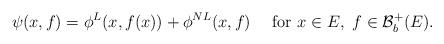
LaTeX: \begin{align*}\psi(x,f)=\phi^{L}(x,f(x))+\phi^{NL}(x,f)\quad\mbox{ for }x\in E,\ f\in\mathcal{B}^{+}_{b}(E).\end{align*}